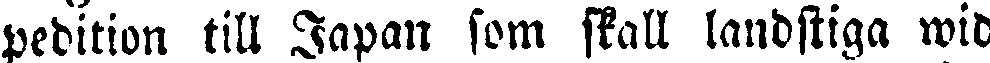
pedition till Japan som skall landstiga wid